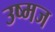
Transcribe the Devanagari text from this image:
उष्मज